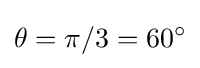
\theta =\pi /3=60^{\circ }